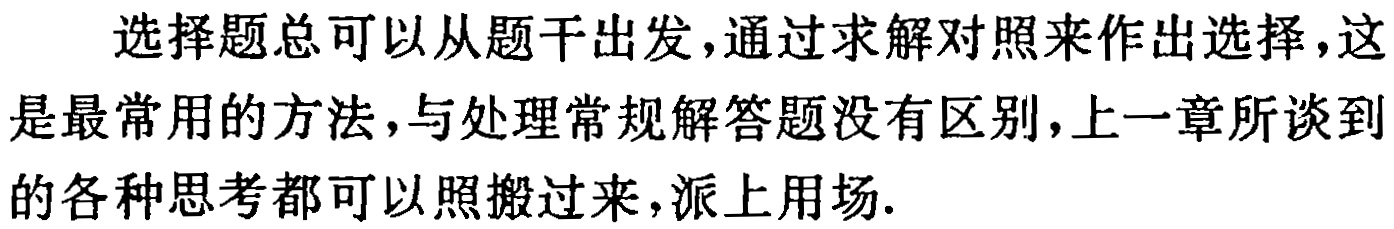
选择题总可以从题干出发，通过求解对照来作出选择，这是最常用的方法，与处理常规解答题没有区别，上一章所谈到的各种思考都可以照搬过来，派上用场.